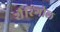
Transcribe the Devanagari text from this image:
शैरिंगोल